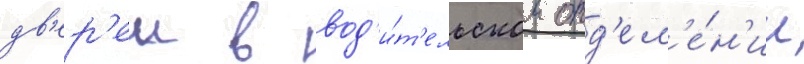
дв'ер'еи в вод'и́т'ельском отд'ел'е́н'ии